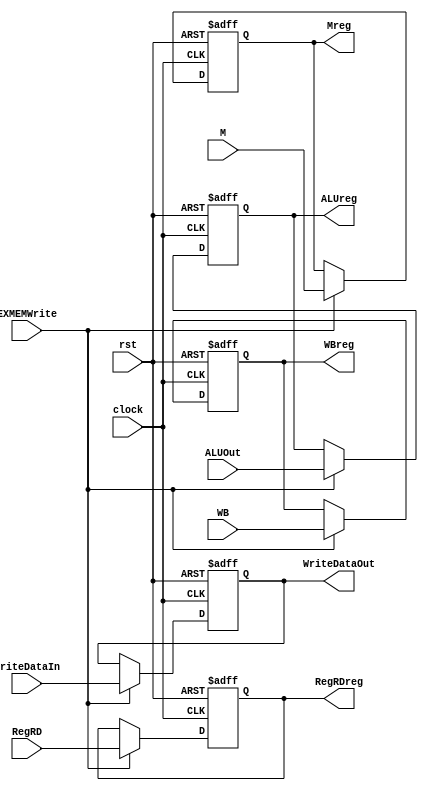
module EXMEM(clock,rst,WB,M,ALUOut,RegRD,
	WriteDataIn,Mreg,WBreg,ALUreg,RegRDreg,WriteDataOut, EXMEMWrite);
input clock;
input rst;
input [1:0] WB;
input [2:0] M;
input [4:0] RegRD;
input [31:0] ALUOut,WriteDataIn;
input EXMEMWrite;
output [1:0] WBreg;
output [2:0] Mreg;
output [31:0] ALUreg,WriteDataOut;
output [4:0] RegRDreg;
reg [1:0] WBreg;
reg [2:0] Mreg;
reg [31:0] ALUreg,WriteDataOut;
reg [4:0] RegRDreg;


always@(posedge clock, posedge rst)
begin
	if (rst)
	begin 
		WBreg=0;
		Mreg=0;
		ALUreg=0;
		WriteDataOut=0;
		RegRDreg=0;
	end
	else begin
		if (EXMEMWrite) begin
			WBreg <= WB;
			Mreg <= M;
			ALUreg <= ALUOut;
			RegRDreg <= RegRD;
			WriteDataOut <= WriteDataIn;
		end
	end
end

endmodule